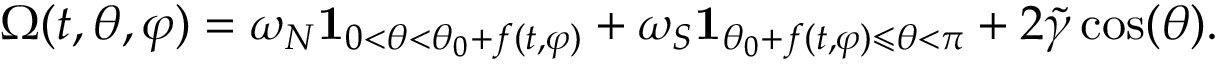
\Omega ( t , \theta , \varphi ) = \omega _ { N } \mathbf { 1 } _ { 0 < \theta < \theta _ { 0 } + f ( t , \varphi ) } + \omega _ { S } \mathbf { 1 } _ { \theta _ { 0 } + f ( t , \varphi ) \leqslant \theta < \pi } + 2 \widetilde { \gamma } \cos ( \theta ) .